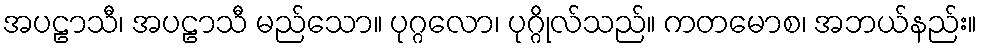
အပဠာသီ၊ အပဠာသီ မည်သော။ ပုဂ္ဂလော၊ ပုဂ္ဂိုလ်သည်။ ကတမောစ၊ အဘယ်နည်း။